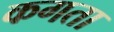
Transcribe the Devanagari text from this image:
कगता